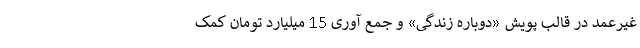
غیرعمد در قالب پویش «دوباره زندگی» و جمع آوری 15 میلیارد تومان کمک